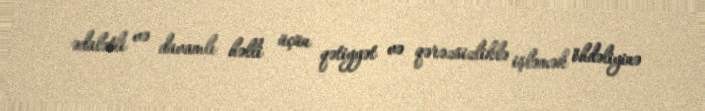
ədalətli və davamlı həlli üçün qətiyyət və qərəzsizliklə işləmək öhdəliyinə